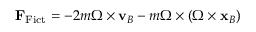
\mathbf { F } _ { \mathrm { F i c t } } = - 2 m { \boldsymbol { \Omega } } \times \mathbf { v } _ { B } - m { \boldsymbol { \Omega } } \times ( { \boldsymbol { \Omega } } \times \mathbf { x } _ { B } )